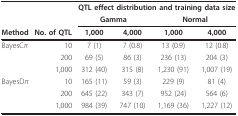
<table><thead><tr><td></td><td></td><td colspan="4"><b>QTL effect distribution and training data size</b></td></tr><tr><td></td><td></td><td colspan="2"><b>Gamma</b></td><td colspan="2"><b>Normal</b></td></tr><tr><td><b>Method</b></td><td><b>No. of QTL</b></td><td><b>1,000</b></td><td><b>4,000</b></td><td><b>1,000</b></td><td><b>4,000</b></td></tr></thead><tbody><tr><td>BayesC<i>π</i></td><td>10</td><td>7 (1)</td><td>7 (0.8)</td><td>13 (0.9)</td><td>12 (0.8)</td></tr><tr><td></td><td>200</td><td>69 (5)</td><td>86 (3)</td><td>236 (13)</td><td>204 (3)</td></tr><tr><td></td><td>1,000</td><td>312 (40)</td><td>315 (8)</td><td>1,230 (91)</td><td>1,007 (19)</td></tr><tr><td>BayesD<i>π</i></td><td>10</td><td>165 (11)</td><td>59 (3)</td><td>229 (9)</td><td>81 (4)</td></tr><tr><td></td><td>200</td><td>645 (22)</td><td>343 (7)</td><td>952 (24)</td><td>564 (6)</td></tr><tr><td></td><td>1,000</td><td>984 (39)</td><td>747 (10)</td><td>1,169 (36)</td><td>1,227 (12)</td></tr></tbody></table>